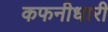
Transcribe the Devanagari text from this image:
कफनीधारी